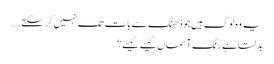
یہ وہ لوگ ہیں جو ڈھنگ سے بات تک نہیں کر سکتے...
بدلتا ہے رنگ آسماں کیسے کیسے؟